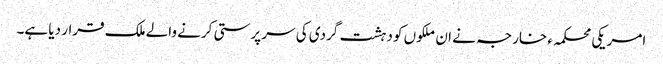
امریکی محکمہء خارجہ نے ان ملکوں کو دہشت گردی کی سر پرستی کرنے والے ملک قرار دیا ہے۔